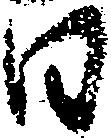
日